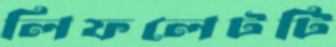
লিফলেটটি